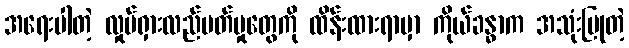
အရေးပါတဲ့ လှုပ်ရှားလည်ပတ်မှုတွေကို ထိန်းထားရာမှာ ကိုယ်ခန္ဓာက အသုံးပြုတဲ့